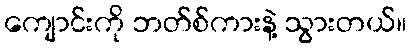
ကျောင်းကို ဘတ်စ်ကားနဲ့ သွားတယ်။